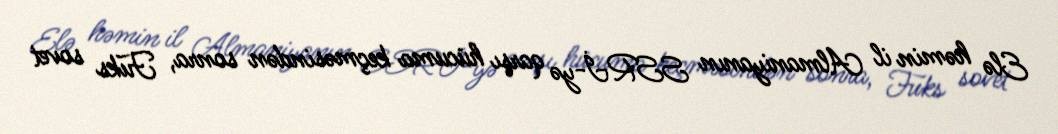
Elə həmin il Almaniyanın SSRİ-yə qarşı hücuma keçməsindən sonra, Fuks sovet